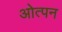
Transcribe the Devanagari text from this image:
ओत्पन